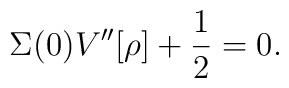
\Sigma(0) V^{\prime \prime} [\rho] + \frac{1}{2} = 0.